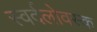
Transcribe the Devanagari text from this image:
स्वर्दलोवस्क